Madras plague regulations and rules - Volume 2
Disease focus: Plague
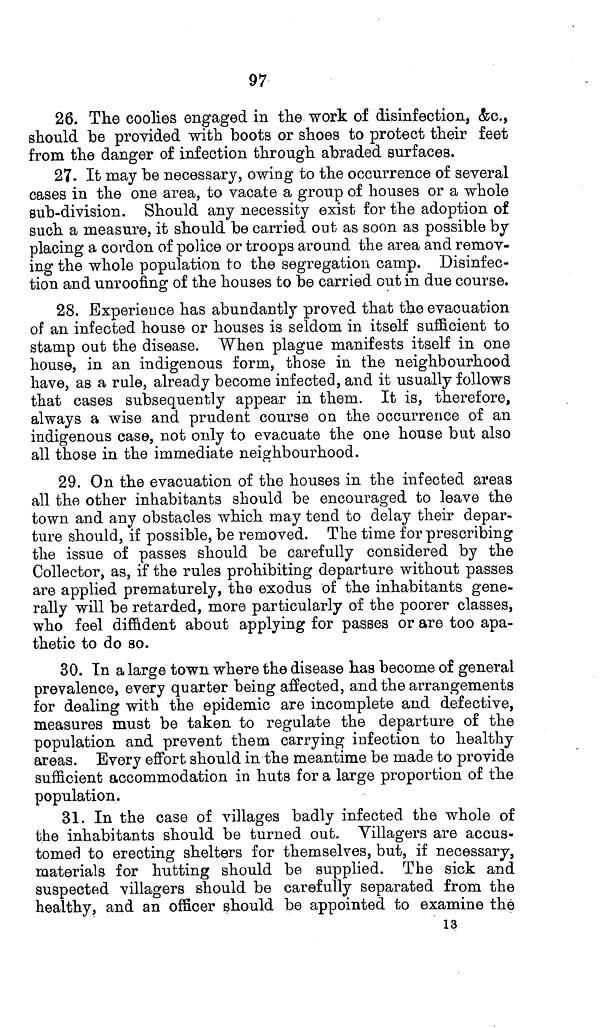
97
26. The coolies engaged in the work of disinfection, &c.,
should be provided with boots or shoes to protect their feet
from the danger of infection through abraded surfaces.
27. It may be necessary, owing to the occurrence of several
cases in the one area, to vacate a group of houses or a whole
sub-division. Should any necessity exist for the adoption of
such a measure, it should be carried out as soon as possible by
placing a cordon of police or troops around the area and remov-
ing the whole population to the segregation camp. Disinfec-
tion and unroofing of the houses to be carried out in due course.
28. Experience has abundantly proved that the evacuation
of an infected house or houses is seldom in itself sufficient to
stamp out the disease. When plague manifests itself in one
house, in an indigenous form, those in the neighbourhood
have, as a rule, already become infected, and it usually follows
that cases subsequently appear in them. It is, therefore,
always a wise and prudent course on the occurrence of an
indigenous case, not only to evacuate the one house but also
all those in the immediate neighbourhood.
29. On the evacuation of the houses in the infected areas
all the other inhabitants should be encouraged to leave the
town and any obstacles which may tend to delay their depar-
ture should, if possible, be removed. The time for prescribing
the issue of passes should be carefully considered by the
Collector, as, if the rules prohibiting departure without passes
are applied prematurely, the exodus of the inhabitants gene-
rally will be retarded, more particularly of the poorer classes,
who feel diffident about applying for passes or are too apa-
thetic to do so.
30. In a large town where the disease has become of general
prevalence, every quarter being affected, and the arrangements
for dealing with the epidemic are incomplete and defective,
measures must be taken to regulate the departure of the
population and prevent them carrying infection to healthy
areas. Every effort should in the meantime be made to provide
sufficient accommodation in huts for a large proportion of the
population.
31. In the case of villages badly infected the whole of
the inhabitants should be turned out. Villagers are accus-
tomed to erecting shelters for themselves, but, if necessary,
materials for hutting should be supplied. The sick and
suspected villagers should be carefully separated from the
healthy, and an officer should be appointed to examine the
13